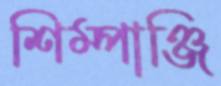
শিম্পাঞ্জি